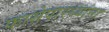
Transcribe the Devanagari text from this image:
फासेपारध्यांना